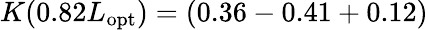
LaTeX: K(0.82L_{\mathrm{opt}})=(0.36-0.41+0.12)